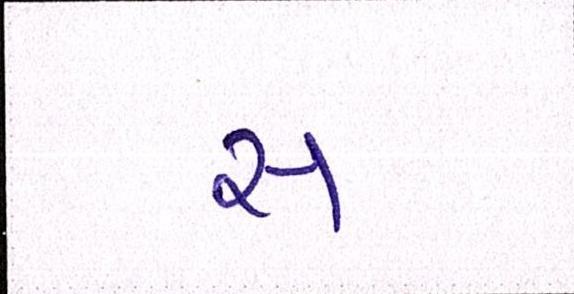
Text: સ